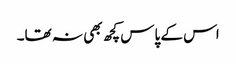
اس کے پاس کچھ بھی نہ تھا۔